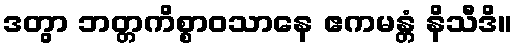
ဒတွာ ဘတ္တကိစ္စာဝသာနေ ဧကမန္တံ နိသီဒိ။